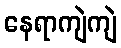
နေရာကျဲကျဲ